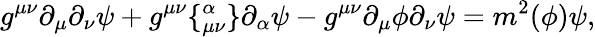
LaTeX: g^{\mu\nu}\partial_{\mu}\partial_{\nu}\psi+g^{\mu\nu}\lbrace_{\mu\nu}^{\alpha}\rbrace\partial_{\alpha}\psi-g^{\mu\nu}\partial_{\mu}\phi\partial_{\nu}\psi=m^{2}(\phi)\psi,